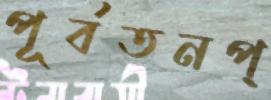
পূর্বতনপ্